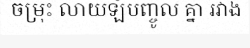
ចម្រុះ លាយឡំបញ្ចូល គ្នា រវាង